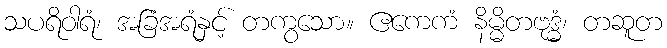
သပရိဝါရံ၊ အခြံအရံနှင့် တကွသော။ ဧကေကံ နိမ္မိတဗုဒ္ဓံ၊ တဆူတ